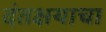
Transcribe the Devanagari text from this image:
दंतक्षयाचा